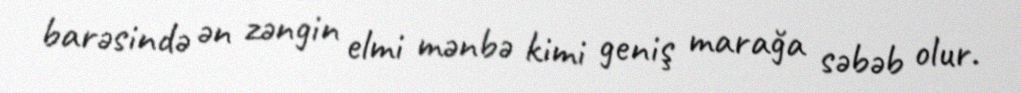
barəsində ən zəngin elmi mənbə kimi geniş marağa səbəb olur.